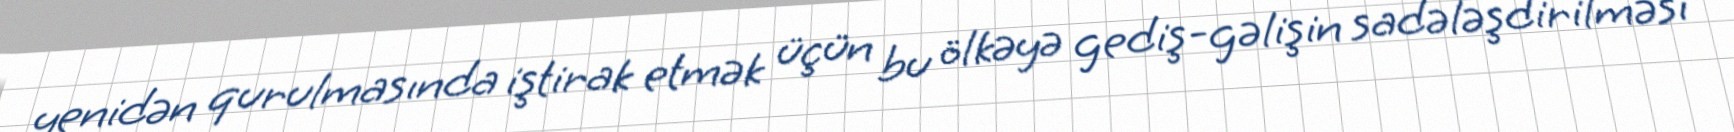
yenidən qurulmasında iştirak etmək üçün bu ölkəyə gediş-gəlişin sadələşdirilməsi